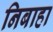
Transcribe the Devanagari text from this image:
निबाहा